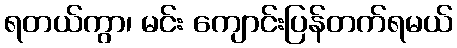
ရတယ်ကွာ၊ မင်း ကျောင်းပြန်တက်ရမယ်